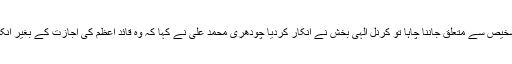
وزیر اعظم نے معالج سے بیماری کی تشخیص سے متعلق جاننا چاہا تو کرنل الہی بخش نے انکار کردیا چودھری محمد علی نے کہا کہ وُہ قائد اعظم کی اجازت کے بغیر اُنکے مرض کے بارے میں نہیں بتا سکتے۔